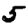
Digit: 5